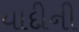
યાદીની